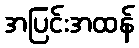
အပြင်းအထန်